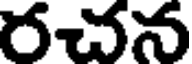
రచన